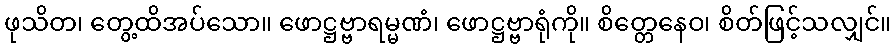
ဖုသိတ၊ တွေ့ထိအပ်သော။ ဖောဋ္ဌဗ္ဗာရမ္မဏံ၊ ဖောဋ္ဌဗ္ဗာရုံကို။ စိတ္တေနေဝ၊ စိတ်ဖြင့်သလျှင်။